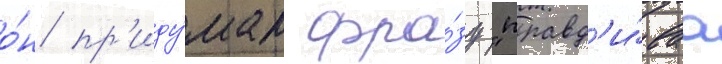
о́н пр'иду́мал фра́зу "правд'и́ваа